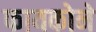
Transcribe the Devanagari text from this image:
फायकोने